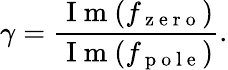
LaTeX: \gamma=\frac{\mathrm{~I~m~}(f_{\mathrm{~z~e~r~o~}})}{\mathrm{~I~m~}(f_{\mathrm{~p~o~l~e~}})}.